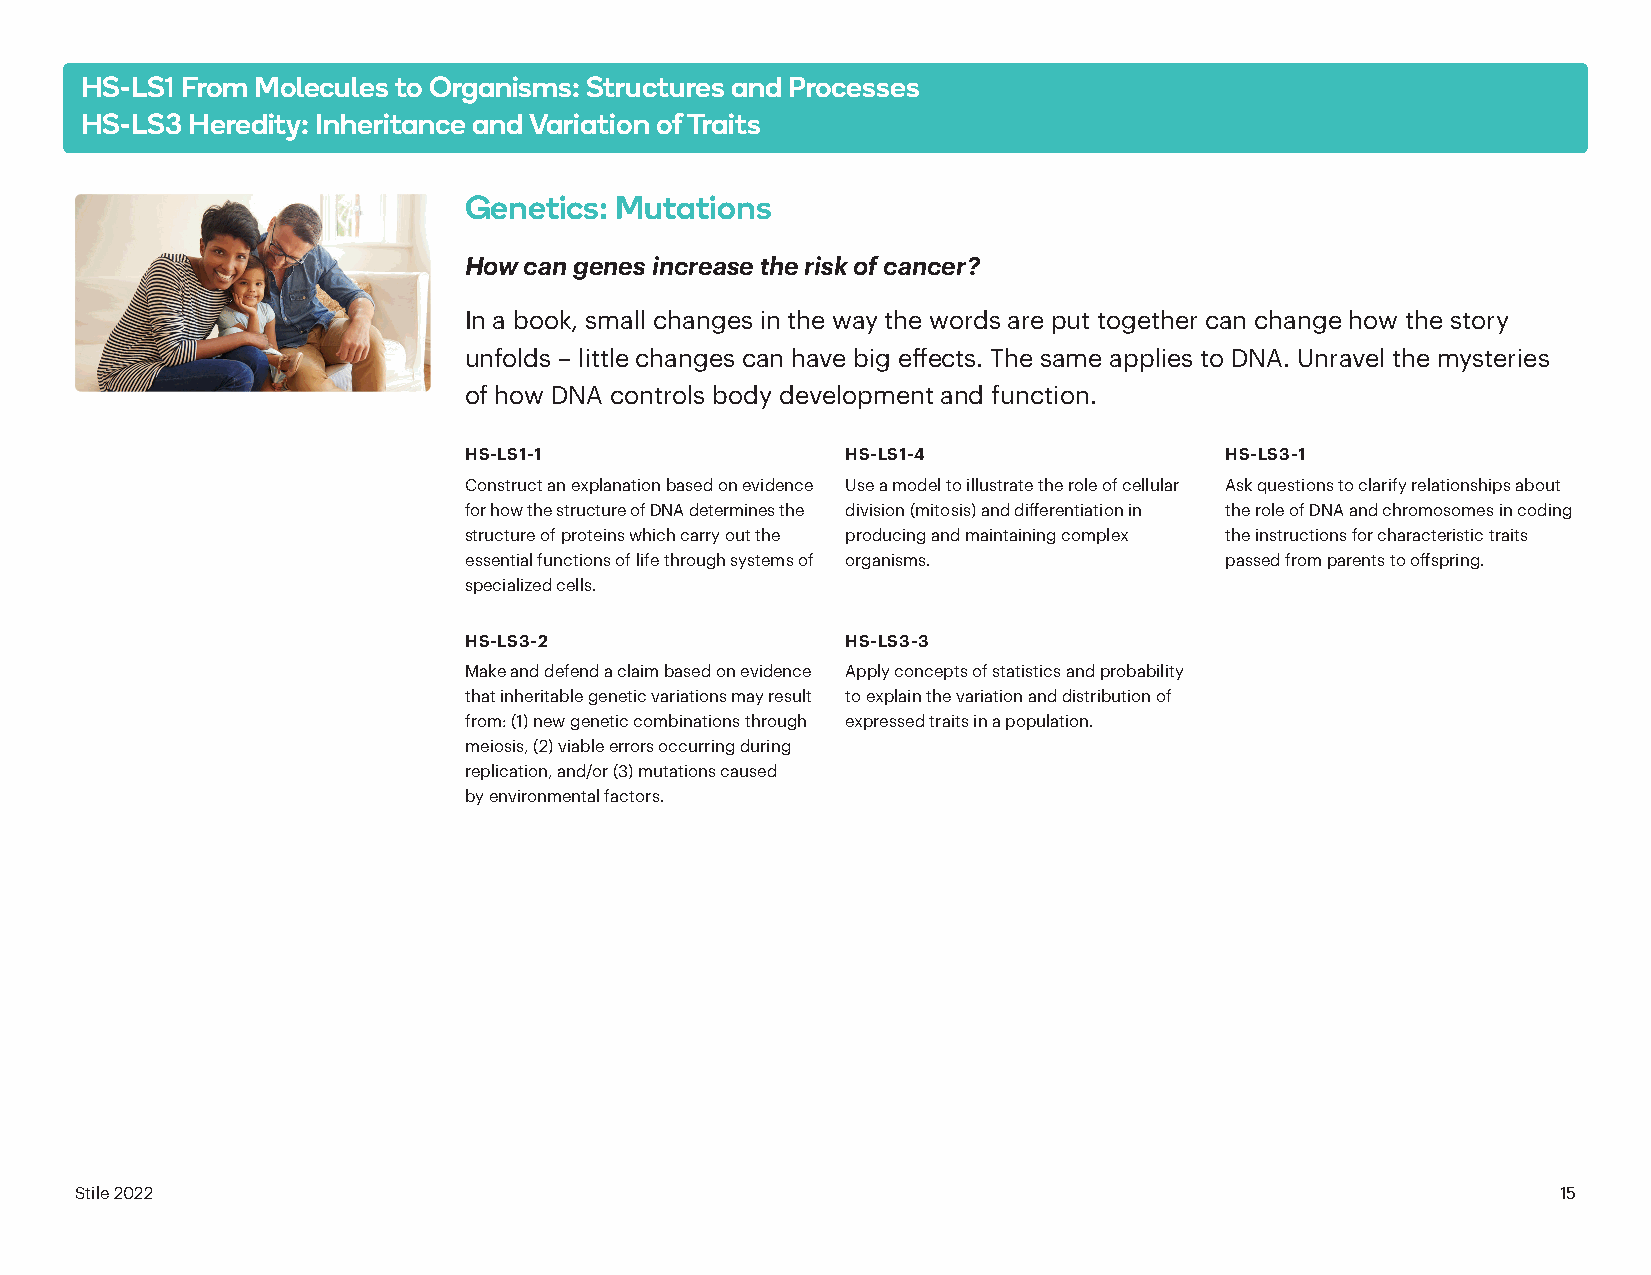
HS-LS1 From Molecules to Organisms: Structures and Processes
 HS-LS3 Heredity: Inheritance and Variation of Traits
 Genetics: Mutations
 How can genes increase the risk of cancer?
 In a book, small changes in the way the words are put together can change how the story
 unfolds – little changes can have big effects. The same applies to DNA. Unravel the mysteries
 of how DNA controls body development and function.
 HS-LS1-1                 HS-LS1-4                 HS-LS3-1
 Construct an explanation based on evidence Use a model to illustrate the role of cellular Ask questions to clarify relationships about
 for how the structure of DNA determines the division (mitosis) and differentiation in the role of DNA and chromosomes in coding
 structure of proteins which carry out the producing and maintaining complex the instructions for characteristic traits
 essential functions of life through systems of organisms. passed from parents to offspring.
 specialized cells.
 HS-LS3-2                 HS-LS3-3
 Make and defend a claim based on evidence Apply concepts of statistics and probability
 that inheritable genetic variations may result to explain the variation and distribution of
 from: (1) new genetic combinations through expressed traits in a population.
 meiosis, (2) viable errors occurring during
 replication, and/or (3) mutations caused
 by environmental factors.
 Stile 2022                                                                                        15